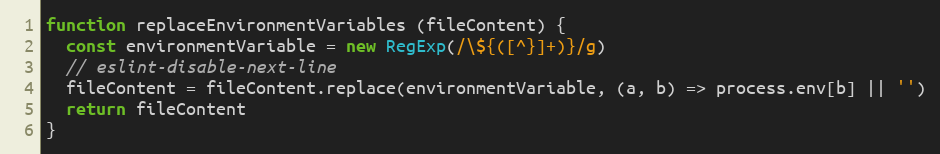
Language: JavaScript
function replaceEnvironmentVariables (fileContent) {
  const environmentVariable = new RegExp(/\${([^}]+)}/g)
  // eslint-disable-next-line
  fileContent = fileContent.replace(environmentVariable, (a, b) => process.env[b] || '')
  return fileContent
}